Scottish Leaving Certificate Examination, 1952
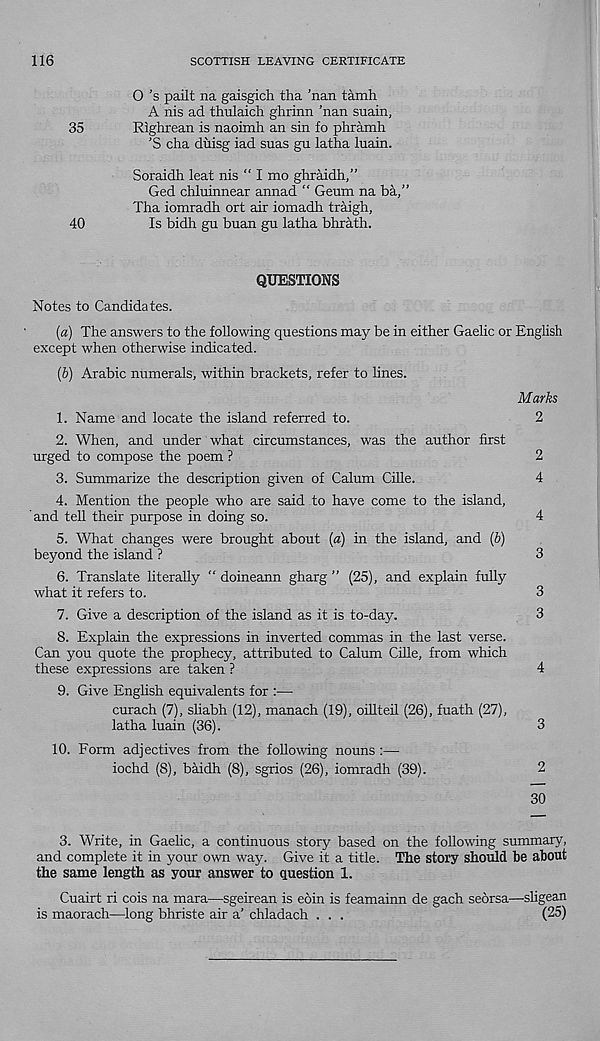
116
SCOTTISH LEAVING CERTIFICATE
0 ’s pailt na gaisgich tha ’nan tamh
A nis ad thulaich ghrinn ’nan suain,
35
Righrean is naoimh an sin fo phramh
’S cha diiisg iad suas gu latha luain.
Soraidh leat nis “ I mo ghrMdh,”
Ged chluinnear annad “ Geum na ba,”
Tha iomradh ort air iomadh traigh,
40
Is bidh gu buan gu latha bhrath.
QUESTIONS
Notes to Candidates.
(a) The answers to the following questions may be in either Gaelic or English
except when otherwise indicated.
(b) Arabic numerals, within brackets, refer to lines.
Marks
1. Name and locate the island referred to.
2
2. When, and under what circumstances, was the author first
urged to compose the poem ?
2
3. Summarize the description given of Calum Cille.
4
4. Mention the people who are said to have come to the island,
and tell their purpose in doing so.
4
5. What changes were brought about (a) in the island, and {b)
beyond the island ?
3
6. Translate literally “ doineann gharg ” (25), and explain fully
what it refers to.
3
7. Give a description of the island as it is to-day.
3
8. Explain the expressions in inverted commas in the last verse.
Can you quote the prophecy, attributed to Calum Cille, from which
these expressions are taken ?
4
9. Give English equivalents for :—
curach (7), sliabh (12), manach (19), oillteil (26), fuath (27),
latha luain (36).
3
10. Form adjectives from the following nouns :—
iochd (8), baidh (8), sgrios (26), iomradh (39).
2
30
3. Write, in Gaelic, a continuous story based on the following summary,
and complete it in your own way. Give it a title. The story should be about
the same length as your answer to question 1.
Cuairt ri cois na mara—sgeirean is eoin is feamainn de gach seorsa—sligean
is maorach—long bhriste air a’ chladach . . .
(25)